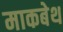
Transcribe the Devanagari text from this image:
माकबेथ